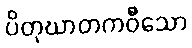
ပိတုဃာတကဝီသော